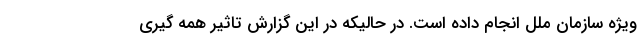
ویژه سازمان ملل انجام داده است. در حالیکه در این گزارش تاثیر همه گیری